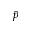
\bar { p }